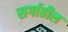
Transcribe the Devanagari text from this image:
सर्गातील